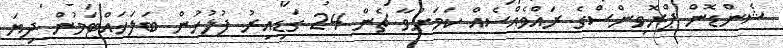
ޝެންޑޮން ޕްރޮވިންސްގެ ރައްވެއްސެއް ކަމަށްވާ ޗެން 24 ގަޑިއިރު ފުލުހުން ބަލަހައްޓަމުން ދިޔަ